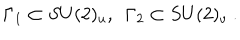
\Gamma _ { 1 } \subset S U ( 2 ) _ { u } , ~ ~ \Gamma _ { 2 } \subset S U ( 2 ) _ { v } \ .